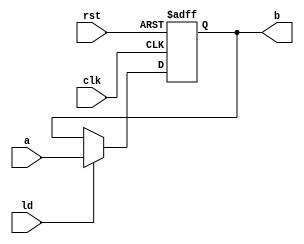
`timescale 1ns/1ns
module register_1(input a, input clk,rst,ld, output reg b);
  always@(posedge clk , posedge rst) begin
    if (rst) b = 1'b0;
    else if (ld) b <= a;
  end
endmodule